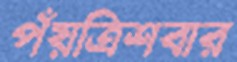
পঁয়ত্রিশবার